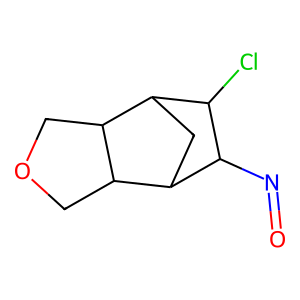
SMILES: O=NC1C(Cl)C2CC1C1COCC21
Inhibits HIV replication: No